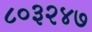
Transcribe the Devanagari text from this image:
८०३२४७